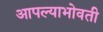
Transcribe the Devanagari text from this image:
आपल्याभोवती